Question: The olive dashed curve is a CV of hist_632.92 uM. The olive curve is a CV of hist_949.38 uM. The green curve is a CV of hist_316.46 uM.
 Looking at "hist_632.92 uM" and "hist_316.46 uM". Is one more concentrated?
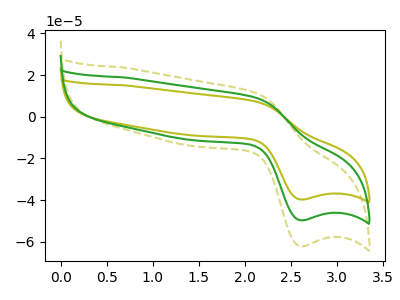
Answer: <think>The olive dashed curve "hist_632.92 uM" has an anodic peak at (2.10V, 11.45uA) and a cathodic peak at (2.60V, -62.20uA). The olive curve "hist_949.38 uM" has an anodic peak at (2.10V, 18.30uA) and a cathodic peak at (2.60V, -99.45uA). The green curve "hist_316.46 uM" has an anodic peak at (2.10V, 9.15uA) and a cathodic peak at (2.60V, -49.70uA).
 All the peaks in "hist_632.92 uM" have a peak in "hist_316.46 uM" at the same potential. Every peak in "hist_632.92 uM" is higher than every peak in "hist_316.46 uM".</think>
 <answer>"hist_632.92 uM" has more signal than "hist_316.46 uM" and so likely has a higher concentration.</answer>
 <eval>more_concentration</eval>